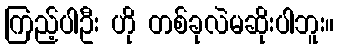
ကြည့်ပါဦး ဟို တစ်ခုလဲမဆိုးပါဘူး။